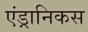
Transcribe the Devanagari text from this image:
एंड्रानिकस